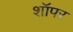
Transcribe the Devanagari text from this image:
शॉपर